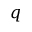
\boldsymbol { q }